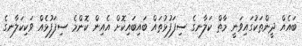
ބައެއް ދީންތަކުގައިވަނީ މާތް ކަލާނގެ ސިފަފުޅުތައް ބައިބައިކޮށް އެއިން ކޮންމެ ސިފަފުޅެއް ވަކިކަލާނގެ